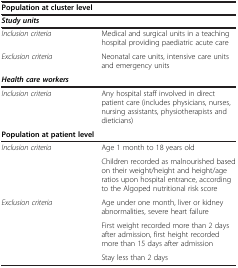
<table><thead><tr><td><b>Population at cluster level</b></td><td><b> </b></td></tr></thead><tbody><tr><td><b><i>Study units</i></b></td><td> </td></tr><tr><td><i>Inclusion criteria</i></td><td>Medical and surgical units in a teaching hospital providing paediatric acute care</td></tr><tr><td><i>Exclusion criteria</i></td><td>Neonatal care units, intensive care units and emergency units</td></tr><tr><td><b><i>Health care workers</i></b></td><td> </td></tr><tr><td><i>Inclusion criteria</i></td><td>Any hospital staff involved in direct patient care (includes physicians, nurses, nursing assistants, physiotherapists and dieticians)</td></tr><tr><td><b>Population at patient level</b></td><td> </td></tr><tr><td rowspan="2"><i>Inclusion criteria</i></td><td>Age 1 month to 18 years old</td></tr><tr><td>Children recorded as malnourished based on their weight/height and height/age ratios upon hospital entrance, according to the Algoped nutritional risk score</td></tr><tr><td rowspan="2"><i>Exclusion criteria</i></td><td>Age under one month, liver or kidney abnormalities, severe heart failure</td></tr><tr><td>First weight recorded more than 2 days after admission, first height recorded more than 15 days after admission</td></tr><tr><td> </td><td>Stay less than 2 days</td></tr></tbody></table>